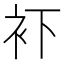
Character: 𧘔